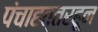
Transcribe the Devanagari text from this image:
पंचाहत्तरहून